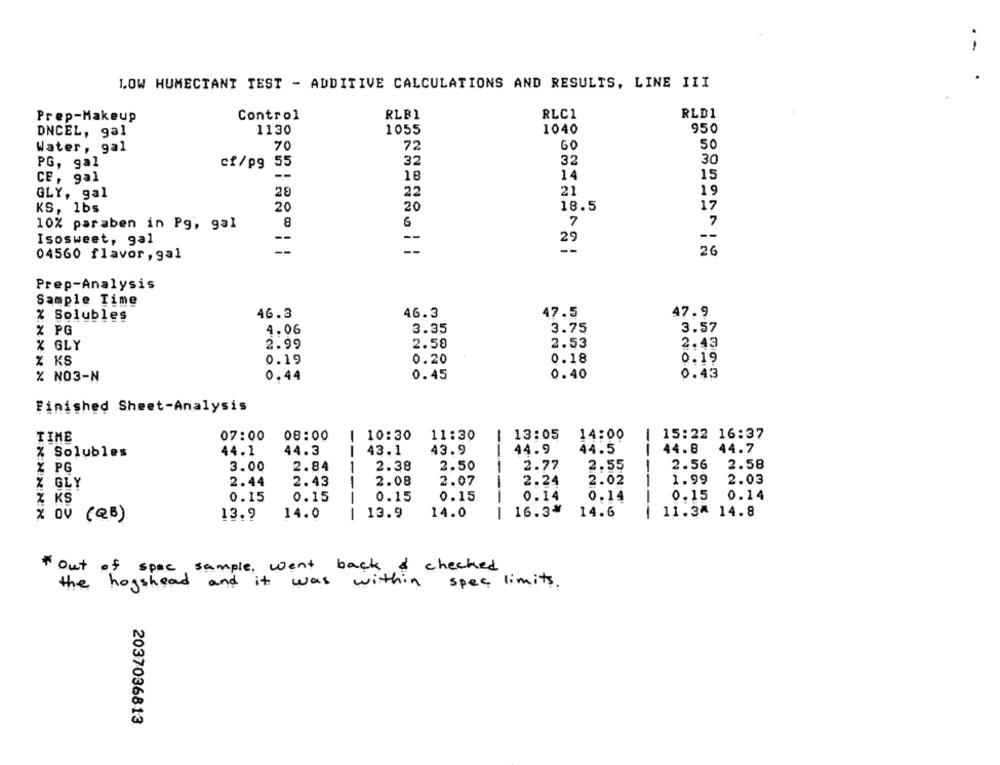
LOW HUMECTANT TEST - ADDITIVE CALCULATIONS AND RESULTS, LINE III
RLB1
RLC1
RLD1
Prep-Makeup
Control
1130
1055
1040
950
DNCEL, gal
60
50
Water, gal
70
72
32
30
PG, gal
cf/pg
55
32
--
14
15
CE, gal
18
21
19
GLY, gal
28
22
18.5
17
KS, 1bs
20
20
7
10% paraben in Pg, gal
8
7
--
29
--
Isosweet, gal
--
26
04560 flavor, gal
Prep-Analysis
Sample Time
46.3
46.3
47.5
47.9
% Solubles
4.06
3.35
3.75
3.57
X PG
2.99
2.59
2.53
2.43
% GLY
0.19
0.20
0.18
0.19
% KS
0.40
0.43
% NO3-N
0.44
0.45
Finished Sheet-Analysis
07:00
08:00
10:30
11:30
13:05
14:00
15:22 16:37
TIME
44.1
44.3
-
43.1
43.9
44.9
44.5
--
44.8
44.7
% Solubles
3.00
1
2.38
2.50
2.77
2.55
2.56
2.58
X PG
2.84
GLY
2.44
2.08
2.07
2.24
2.02
1.99
2.03
2.43
KS
0.15
0.15
0.15
0.15
----
0.14
0.14
0.15
0.14
14.0
-
16.3%
14.6
--
11.34 14.8
( QB )
13.9
14.0
13.9
out of spac sample, went back & checked
the hogshead and it was within spec limits.
2037036813